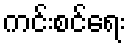
ကင်းစင်ရေး